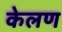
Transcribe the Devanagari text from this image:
केलण